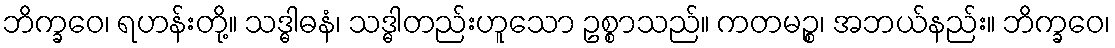
ဘိက္ခဝေ၊ ရဟန်းတို့။ သဒ္ဓါဓနံ၊ သဒ္ဓါတည်းဟူသော ဥစ္စာသည်။ ကတမဉ္စ၊ အဘယ်နည်း။ ဘိက္ခဝေ၊